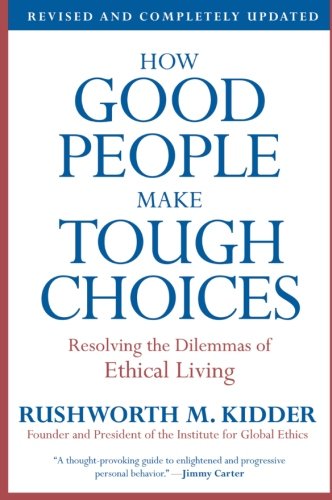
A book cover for How Good People Make Tough Choices Rev Ed: Resolving the Dilemmas of Ethical Living; Rushworth M. Kidder; Business & Money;